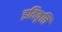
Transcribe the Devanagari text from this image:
इतिवृत्ति